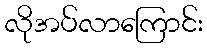
လိုအပ်လာကြောင်း